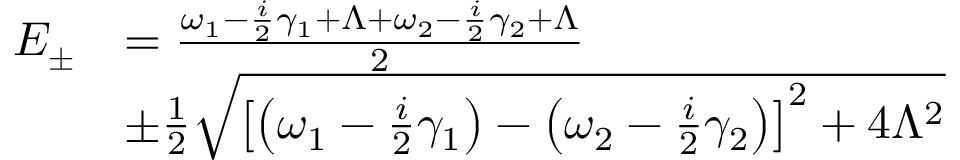
\begin{array} { r l } { E _ { \pm } } & { = \frac { \omega _ { 1 } - \frac { i } { 2 } \gamma _ { 1 } + \Lambda + \omega _ { 2 } - \frac { i } { 2 } \gamma _ { 2 } + \Lambda } { 2 } } \\ & { \pm \frac { 1 } { 2 } \sqrt { \left[ \left( \omega _ { 1 } - \frac { i } { 2 } \gamma _ { 1 } \right) - \left( \omega _ { 2 } - \frac { i } { 2 } \gamma _ { 2 } \right) \right] ^ { 2 } + 4 \Lambda ^ { 2 } } } \end{array}